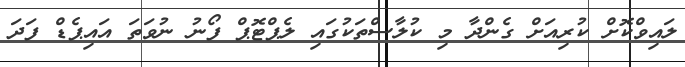
ލައިވްކޮށް ކުރިއަށް ގެންދާ މި ކުލާސްތަކުގައި ލެޕްޓޮޕް ފޯނު ނުވަތަ އައިޕެޑް ފަދަ